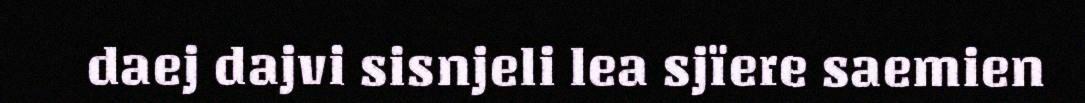
daej dajvi sisnjeli lea sjïere saemien